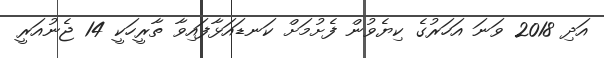
އަދި 2018 ވަނަ އަހަރުގެ ކިޔެވުން ފެށުމަށް ކަނޑައަޅާފައިވާ ތާރީހަކީ 14 ޖެނުއަރީ